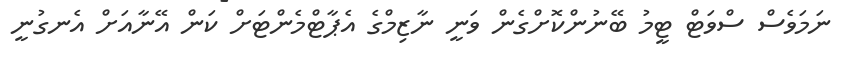
ނަމަވެސް ސްވަޓް ޓީމު ބޭނުންކޮށްގެން ވަނީ ނާޒިމްގެ އެޕާޓްމެންޓަށް ކަން އޭނާއަށް އެނގުނީ